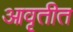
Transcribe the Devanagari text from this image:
आवृतीत